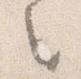
之